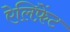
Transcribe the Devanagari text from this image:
ऐलिफ़ेंट